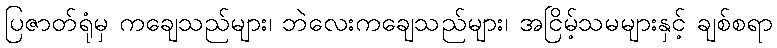
ပြဇာတ်ရုံမှ ကချေသည်များ၊ ဘဲလေးကချေသည်များ၊ အငြိမ့်သမများနှင့် ချစ်စရာ